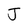
Character: J